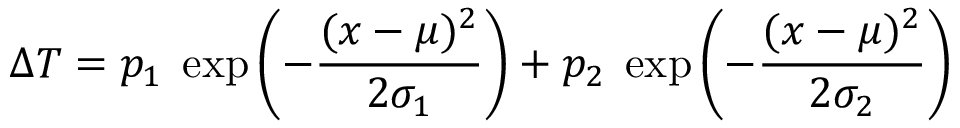
\Delta T = p _ { 1 } \; \exp \left( - \frac { ( x - \mu ) ^ { 2 } } { 2 \sigma _ { 1 } } \right) + p _ { 2 } \; \exp \left( - \frac { ( x - \mu ) ^ { 2 } } { 2 \sigma _ { 2 } } \right)